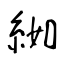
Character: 𦀌